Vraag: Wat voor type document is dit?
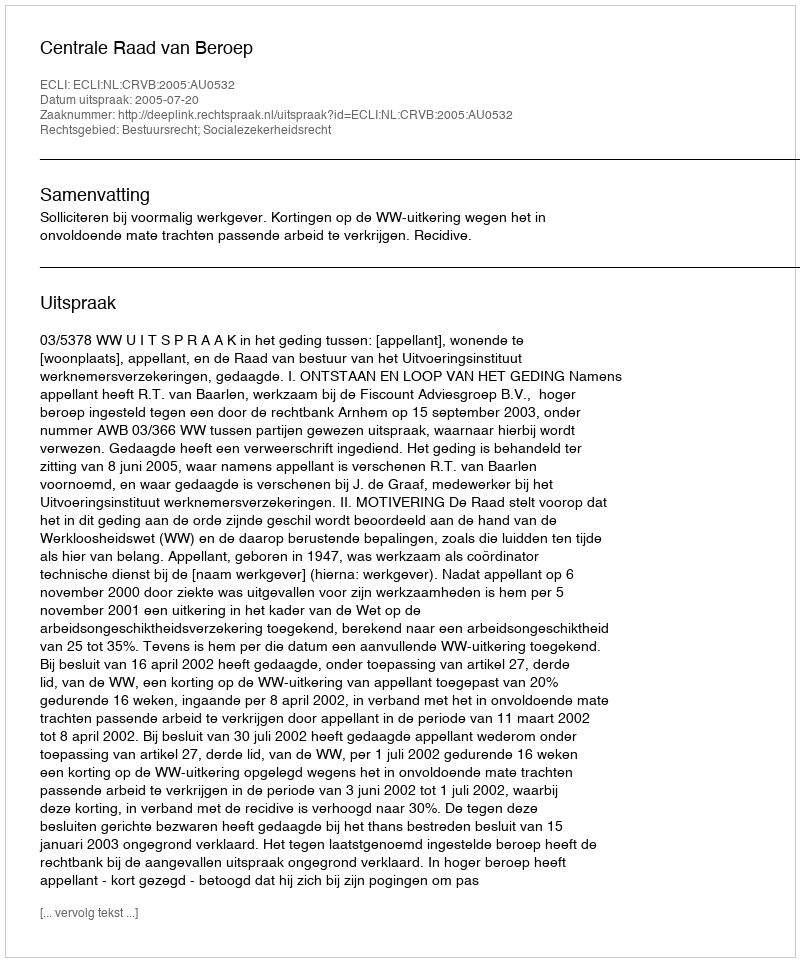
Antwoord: Uitspraak